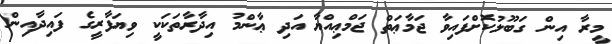
މީރާ އިން ގަބޫލުކޮށްފައިވާ ޖަމާޢަތް ޖަމްޢިއްޔާ އަދި ޢާންމު އިދާރާތަކަކީ ވިޔަފާރީގެ ފައިދާއިން